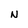
Character: N